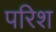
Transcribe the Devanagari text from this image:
परिश